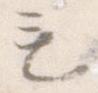
も